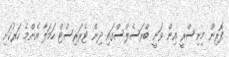
ފޮރިން މިނިސްރީ އިން ވަނީ ބްރަސެލްސްގައި ދިން ޓެރަރިސްޓް ހަމަލާ އެންމެ ހަރުކަށި